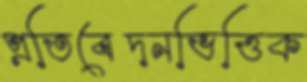
প্রতিবেদনভিত্তিক